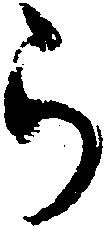
ら